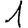
Digit: 1